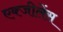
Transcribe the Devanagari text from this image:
एक्जीलेंस